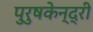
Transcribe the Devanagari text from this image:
पुरुषकेन्द्री